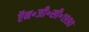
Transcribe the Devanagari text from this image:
ऍन॰जी॰सी॰१९९०